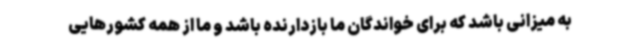
به میزانی باشد که برای خواندگان ما بازدارنده باشد و ما از همه کشورهایی